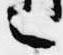
之